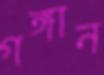
গঙ্গান